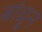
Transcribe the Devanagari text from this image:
बांधू्न